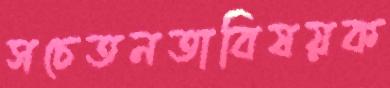
সচেতনতাবিষয়ক